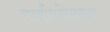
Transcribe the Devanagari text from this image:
यादगिरीजवळ